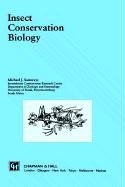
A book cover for Insect Conservation Biology (Conservation Biology, No 2) (Chapman & Hall Ecotoxicology Series); Michael J. Samways; Sports & Outdoors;